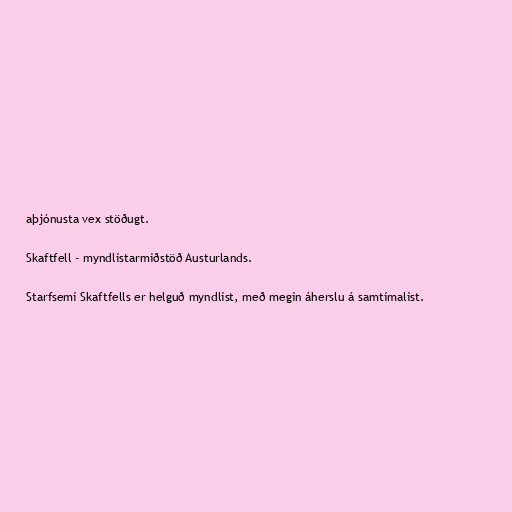
aþjónusta vex stöðugt.

Skaftfell - myndlistarmiðstöð Austurlands.

Starfsemi Skaftfells er helguð myndlist, með megin áherslu á samtímalist.